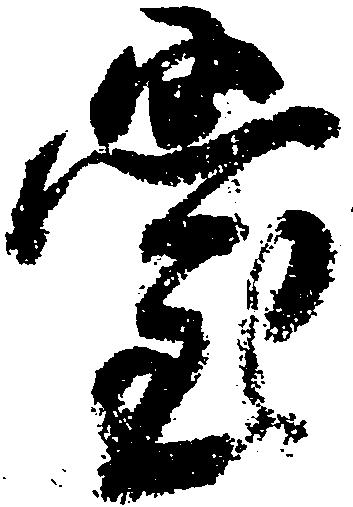
堂